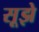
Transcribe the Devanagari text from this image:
सूझे